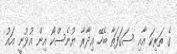
ގެ ތަރިކަ އާއި ސަގަފަތާ ބެހޭ އިދާރާ ޔުނެސްކޯ އިން އުޅުނީ އައު